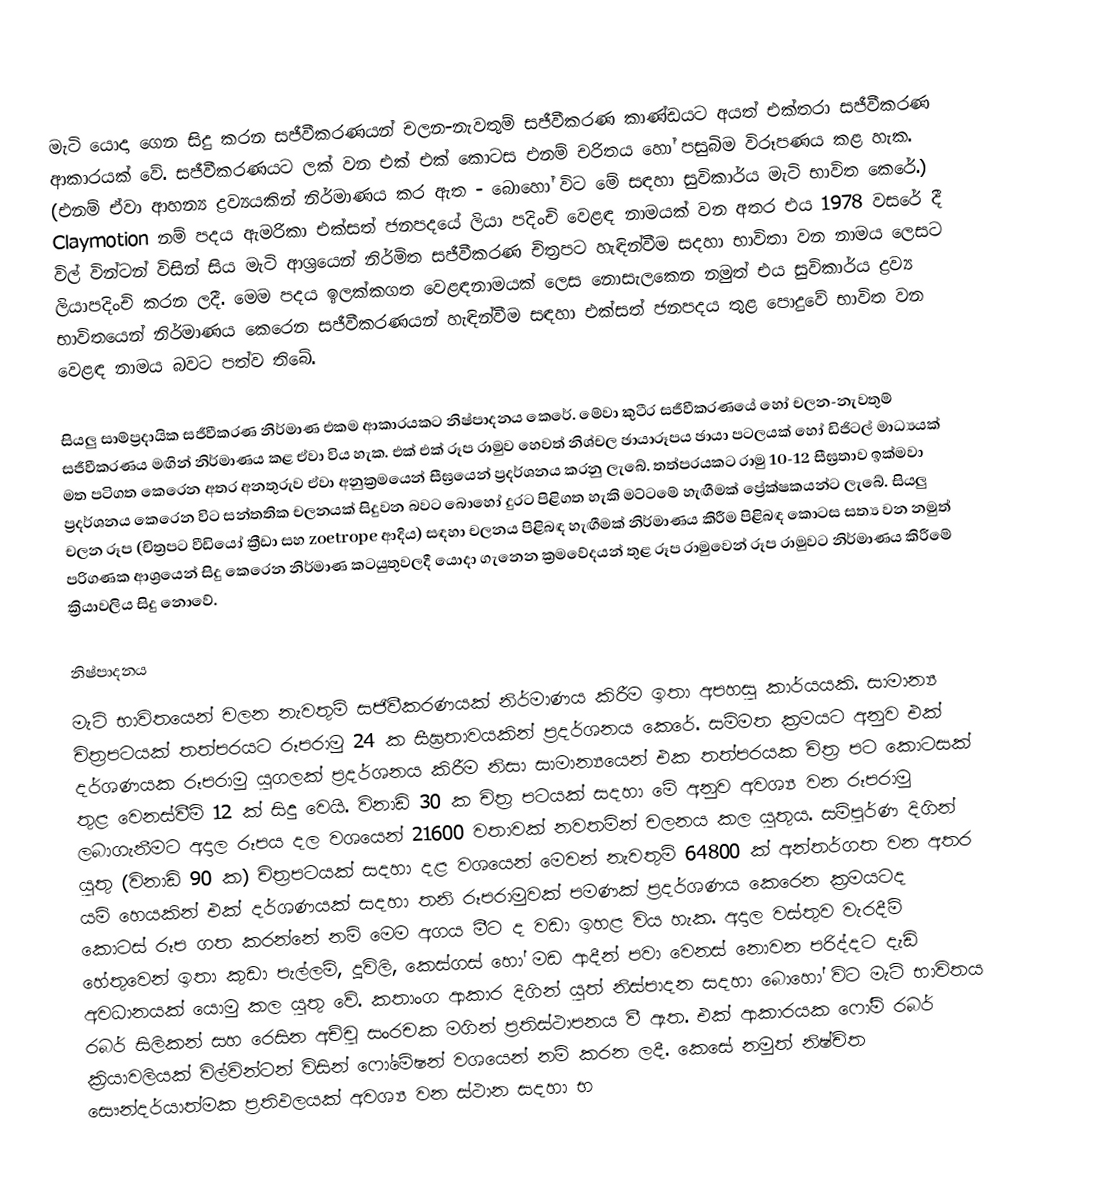
මැටි යොදා ගෙන සිදු කරන සජීවීකරණයන් චලන-නැවතුම් සජීවීකරණ කාණ්ඩයට අයත් එක්තරා සජීවීකරණ ආකාරයක් වේ. සජීවීකරණයට ලක් වන එක් එක් කොටස එනම් චරිතය හෝ පසුබිම විරූපණය කළ හැක. (එනම් ඒවා ආහන්‍ය ද්‍රව්‍යයකින් නිර්මාණය කර ඇත - බොහෝ විට මේ සඳහා සුවිකාර්ය මැටි භාවිත‍ කෙරේ.) Claymotion නම් පදය ඇමරිකා එක්සත් ජනපදයේ ලියා පදිංචි වෙළඳ නාමයක් වන අතර එය 1978 වසරේ දී විල් වින්ටන් විසින් සිය මැටි ආශ්‍රයෙන් නිර්මිත සජීවීකරණ චිත්‍රපට හැඳින්වීම සදහා භාවිතා වන නාමය ලෙසට ලියාපදිංචි කරන ලදී. ‍මෙම  පදය ඉලක්කගත වෙළඳනාමයක් ලෙස නොසැ‍ලකෙන නමුත් එය සුවිකාර්ය ද්‍රව්‍ය භාවිතයෙන් නිර්මාණය‍ කෙරෙන සජීවීකරණයන් හැඳින්වීම සඳහා එක්සත් ජනපදය තුළ  පොදුවේ භාවිත වන වෙළඳ නාමය බවට පත්ව තිබේ.

සියලු සාම්ප්‍රදායික සජීවීකරණ නිර්මාණ එකම ආකාරයකට නිෂ්පාදනය කෙරේ. මේවා කුටීර සජීවීකරණයේ හෝ චලන-නැවතුම් සජීවීකරණය මඟින් නිර්මාණය කළ ඒවා විය හැක. එක් එක් රූප රාමුව හෙවත් නිශ්චල ඡායාරූපය ඡායා පටලයක් හෝ ඩිජිටල් මාධ්‍යයක් මත පටිගත කෙරෙන අතර අනතුරුව ඒවා අනුක්‍රමයෙන් සීඝ්‍රයෙන් ප්‍රදර්ශනය කරනු ලැබේ. තත්පරයකට රාමු 10-12 සීඝ්‍රතාව ඉක්මවා ප්‍රදර්ශනය කෙරෙන විට සන්තතික චලනයක් සිදුවන බවට බොහෝ දුරට පිළිගත හැකි මට්ටමේ හැඟීමක් ‍ප්‍රේක්ෂකයන්ට ලැබේ. සියලු චලන රූප (චිත්‍රපට වීඩියෝ ක්‍රීඩා සහ zoetrope ආදිය) සඳහා චලනය පිළිබඳ හැඟීමක් නිර්මාණය කිරීම පිළිබඳ කොටස සත්‍ය වන නමුත් පරිගණක ආශ්‍රයෙන් සිදු කෙරෙන නිර්මාණ කටයුතුවලදී යොදා ගැනෙන ක්‍රමවේදයන් තුළ රූප රාමුවෙන් රූප රාමුවට නිර්මාණය කිරීමේ ක්‍රියාවලිය සිදු නොවේ.

නිෂ්පාදනය
මැටි භාවිතයෙන් චලන නැවතුම් සජිවීකරණයක් නිර්මාණය කිරීම ඉතා අපහසු කාර්යයකි. සාමාන්‍ය චිත්‍රපටයක් තත්පරයට රූපරාමු 24 ක සීඝ්‍රතාවයකින් ප්‍රදර්ශනය කෙරේ. සම්මත ක්‍රමයට අනුව එක් දර්ශණයක රූපරාමු යුගලක් ප්‍රදර්ශනය කිරීම නිසා සාමාන්‍යයෙන් එක තත්පරයක චිත්‍ර පට කොටසක් තුළ වෙනස්වීම් 12 ක් සිදු වෙයි. විනාඩි 30 ක චිත්‍ර පටයක් සදහා මේ අනුව අවශ්‍ය වන රූපරාමු ලබාගැනීමට අදාල රූපය දල වශයෙන් 21600 වතාවක් නවතමින් චලනය කල යුතුය. සම්පුර්ණ දිගින් යුතු (විනාඩි 90 ක) චිත්‍රපටයක් සදහා දළ වශයෙන් මෙවන් නැවතුම් 64800 ක් අන්තර්ගත වන අතර යම් හෙයකින් එක් දර්ශණයක් සදහා තනි රූපරාමුවක් පමණක් ප්‍රදර්ශණය කෙරෙන ක්‍රමයටද කොටස් රූප ගත කරන්නේ නම් මෙම අගය මීට ද වඩා ඉහළ විය හැක. අදාල වස්තුව වැරදීම් හේතුවෙන් ඉතා කුඩා පැල්ලම්, දූවිලි, කෙස්ගස්  හෝ මඩ ආදීන් පවා වෙනස් නොවන පරිද්දට දැඩි අවධානයක් යොමු කල යුතු වේ. කතාංග ආකාර දිගින් යුත් නිස්පාදන සදහා බොහෝ විට මැටි භාවිතය රබර් සිලිකන් සහ රෙසින අච්චු සංරචක මගින් ප්‍රතිස්ථාපනය වී ඇත. එක් ආකාරයක ෆෝම් රබර් ක්‍රියාවලියක් විල්වින්ටන් විසින් ෆෝමේෂන් වශයෙන් නම් කරන ලදී. කෙසේ නමුත් නිෂ්චිත සෞන්දර්යාත්මක ප්‍රතිඵලයක් අවශ්‍ය වන ස්ථාන සදහා භ